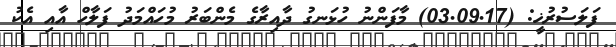
ފަލަސުރުޚީ: (03.09.17) މާފަންނު ހުޅަނގު ދާއިރާގެ މެންބަރު މުހައްމަދު ފަލާހް އާއި އެކު